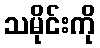
သမိုင်းကို